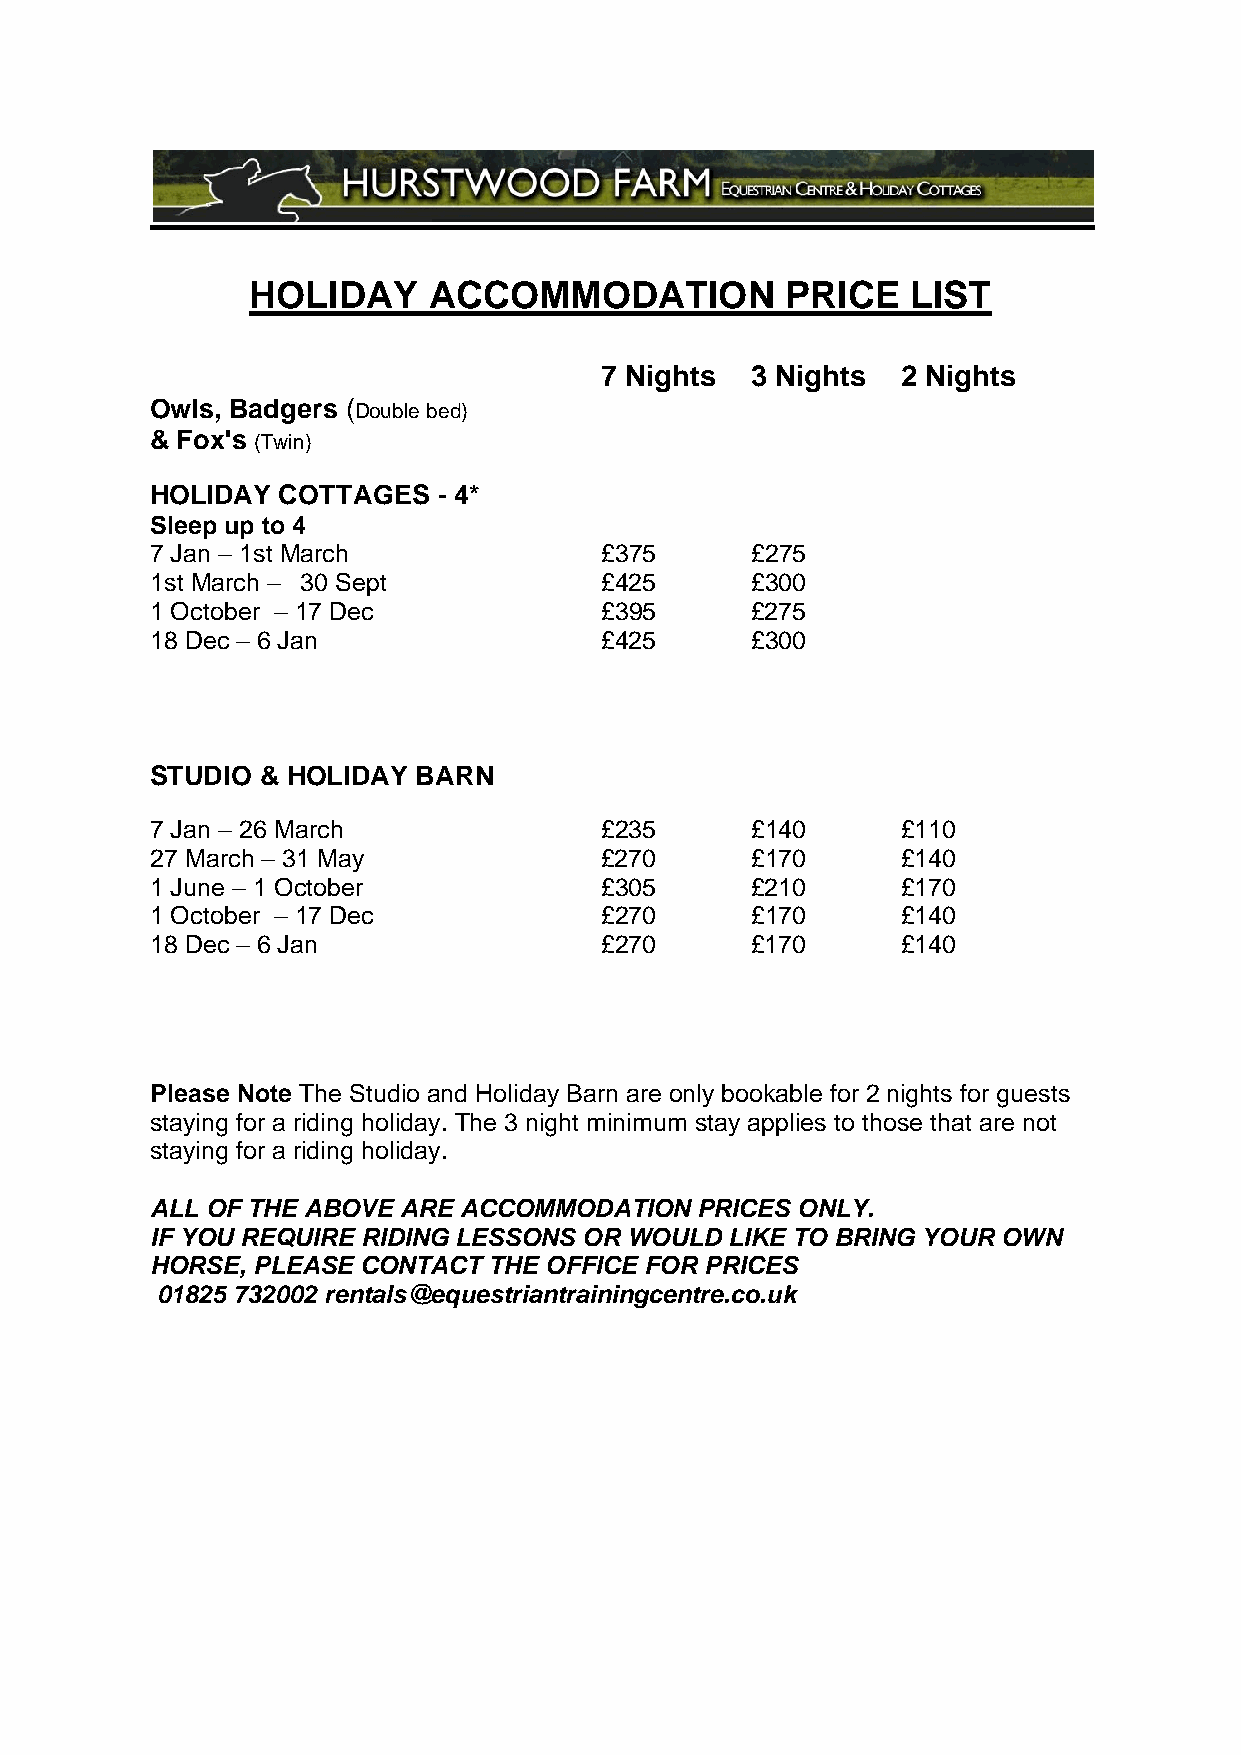
HOLIDAY    ACCOMMODATION           PRICE   LIST
 7 Nights  3 Nights  2 Nights
 Owls, Badgers (Double bed)
 & Fox's (Twin)
 HOLIDAY COTTAGES   - 4*
 Sleep up to 4
 7 Jan – 1st March             £375      £275
 1st March – 30 Sept           £425      £300
 1 October – 17 Dec            £395      £275
 18 Dec – 6 Jan                £425      £300
 STUDIO & HOLIDAY  BARN
 7 Jan – 26 March              £235      £140      £110
 27 March – 31 May             £270      £170      £140
 1 June – 1 October            £305      £210      £170
 1 October – 17 Dec            £270      £170      £140
 18 Dec – 6 Jan                £270      £170      £140
 Please Note The Studio and Holiday Barn are only bookable for 2 nights for guests
 staying for a riding holiday. The 3 night minimum stay applies to those that are not
 staying for a riding holiday.
 ALL OF THE ABOVE ARE ACCOMMODATION  PRICES ONLY.
 IF YOU REQUIRE RIDING LESSONS OR WOULD LIKE TO BRING YOUR OWN
 HORSE, PLEASE CONTACT THE OFFICE FOR PRICES
 01825 732002 rentals@equestriantrainingcentre.co.uk